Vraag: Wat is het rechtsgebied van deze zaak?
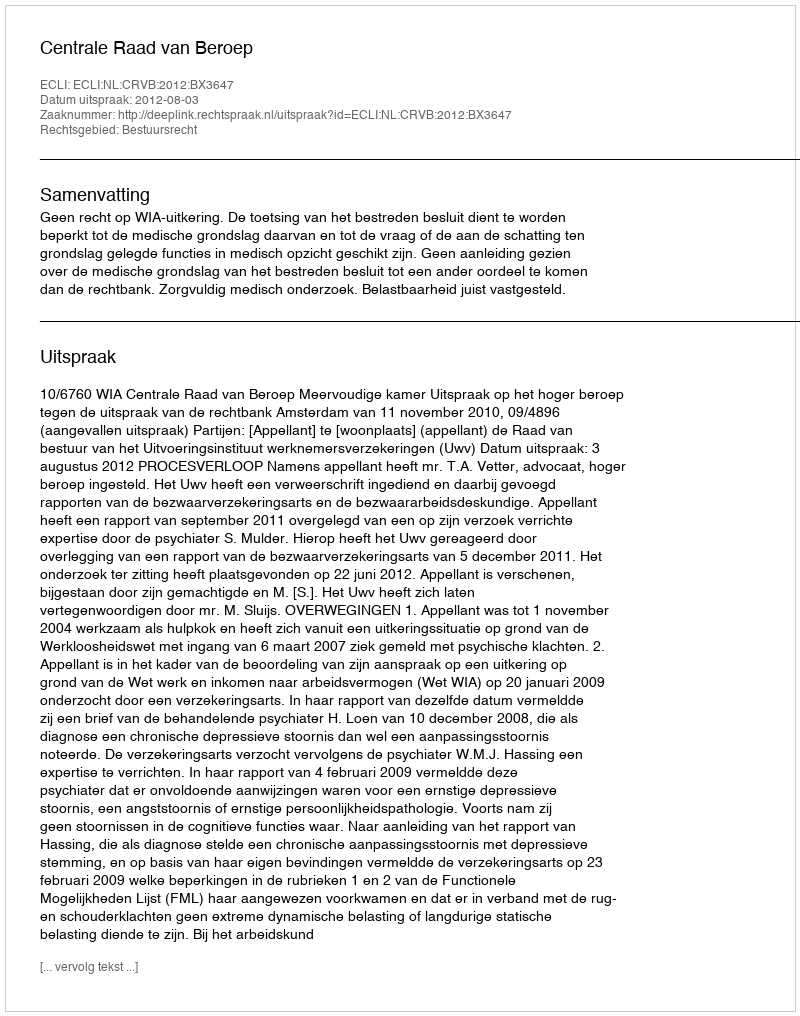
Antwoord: Bestuursrecht